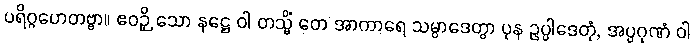
ပရိဂ္ဂဟေတဗ္ဗာ။ ဧဝဉှိ သော နဋ္ဌေ ဝါ တသ္မိံ တေ အာကာရေ သမ္ပာဒေတွာ ပုန ဥပ္ပါဒေတုံ, အပ္ပဂုဏံ ဝါ